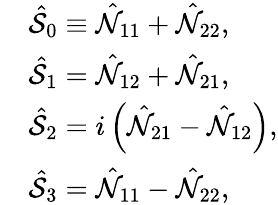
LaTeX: \begin{array}{rl}&{\hat{\cal S}_{0}\equiv\hat{\cal N}_{11}+\hat{\cal N}_{22},}\\ &{\hat{\cal S}_{1}=\hat{\cal N}_{12}+\hat{\cal N}_{21},}\\ &{\hat{\cal S}_{2}=i\left(\hat{\cal N}_{21}-\hat{\cal N}_{12}\right),}\\ &{\hat{\cal S}_{3}=\hat{\cal N}_{11}-\hat{\cal N}_{22},}\end{array}